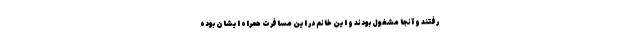
رفتند و آنجا مشغول بودند و این خانم در این مسافرت همراه ایشان بوده